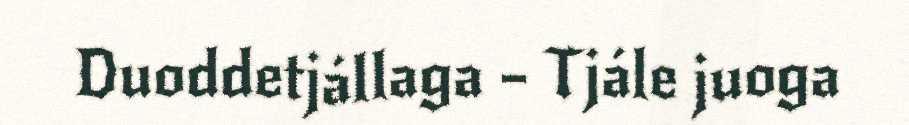
Duoddetjállaga – Tjále juoga